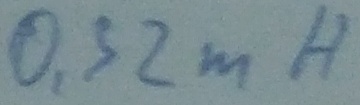
Text: 0,32mH